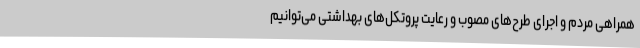
همراهی مردم و اجرای طرح‌های مصوب و رعایت پروتکل‌های بهداشتی می‌توانیم